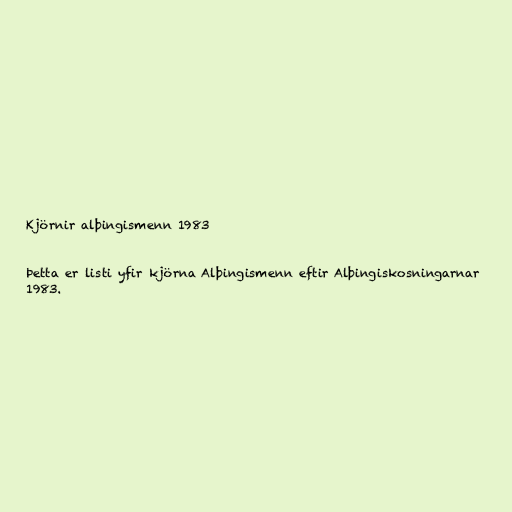
Kjörnir alþingismenn 1983

Þetta er listi yfir kjörna Alþingismenn eftir Alþingiskosningarnar
1983.